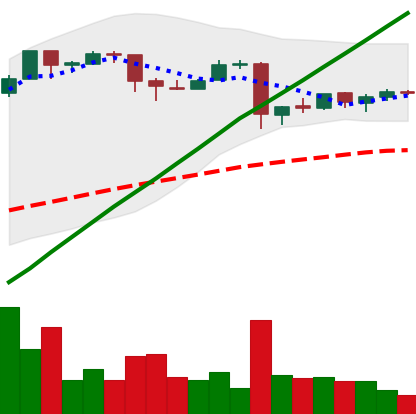
Ticker: BTC-USD
Chart end date: 2016-01-02
Forward return: 5.678%
Label: up_5_7